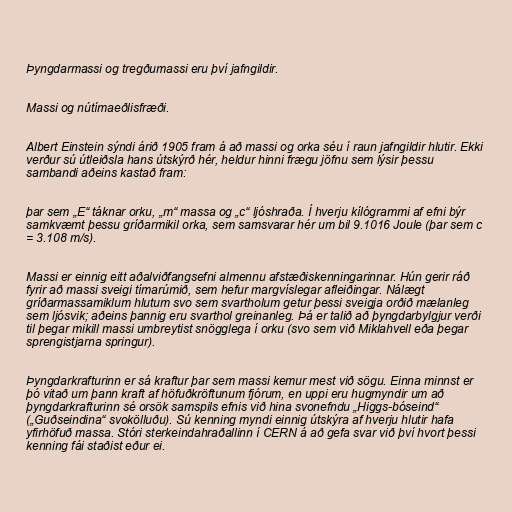
Þyngdarmassi og tregðumassi eru því jafngildir.

Massi og nútímaeðlisfræði.

Albert Einstein sýndi árið 1905 fram á að massi og orka séu í raun jafngildir hlutir. Ekki
verður sú útleiðsla hans útskýrð hér, heldur hinni frægu jöfnu sem lýsir þessu
sambandi aðeins kastað fram:

þar sem „E“ táknar orku, „m“ massa og „c“ ljóshraða. Í hverju kílógrammi af efni býr
samkvæmt þessu gríðarmikil orka, sem samsvarar hér um bil 9.1016 Joule (þar sem c
= 3.108 m/s).

Massi er einnig eitt aðalviðfangsefni almennu afstæðiskenningarinnar. Hún gerir ráð
fyrir að massi sveigi tímarúmið, sem hefur margvíslegar afleiðingar. Nálægt
gríðarmassamiklum hlutum svo sem svartholum getur þessi sveigja orðið mælanleg
sem ljósvik; aðeins þannig eru svarthol greinanleg. Þá er talið að þyngdarbylgjur verði
til þegar mikill massi umbreytist snögglega í orku (svo sem við Miklahvell eða þegar
sprengistjarna springur).

Þyngdarkrafturinn er sá kraftur þar sem massi kemur mest við sögu. Einna minnst er
þó vitað um þann kraft af höfuðkröftunum fjórum, en uppi eru hugmyndir um að
þyngdarkrafturinn sé orsök samspils efnis við hina svonefndu „Higgs-bóseind“
(„Guðseindina“ svokölluðu). Sú kenning myndi einnig útskýra af hverju hlutir hafa
yfirhöfuð massa. Stóri sterkeindahraðallinn í CERN á að gefa svar við því hvort þessi
kenning fái staðist eður ei.